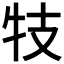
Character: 𰠩